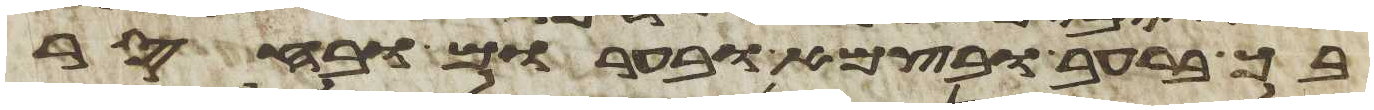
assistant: בך ברעב ובצמא ובערום ובחסר